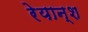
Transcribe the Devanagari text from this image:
रेयान्श